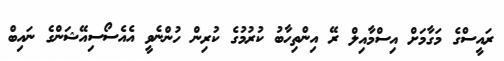
ރައީސްގެ މަގާމަށް އިސްމާއިލް ރޭ އިންތިހާބު ކުރުމުގެ ކުރިން ހުންނެވީ އެއެސޯސިއޭޝަންގެ ނައިބް